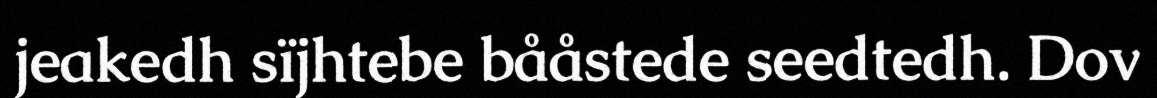
jeakedh sïjhtebe bååstede seedtedh. Dov